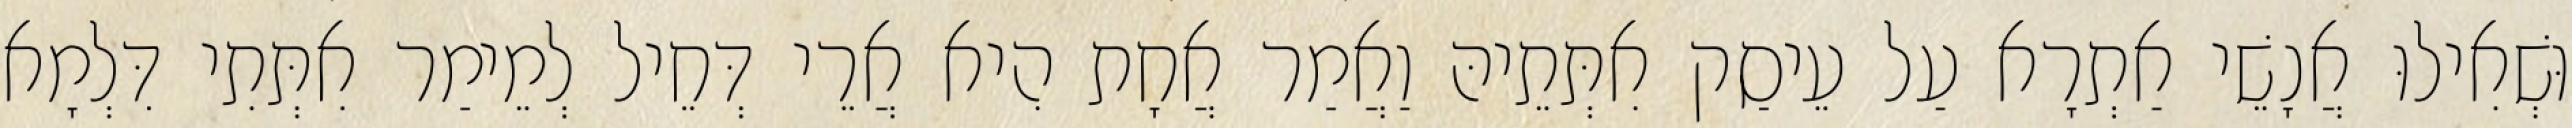
וּשְׁאִילוּ אֲנָשֵׁי אַתְרָא עַל עֵיסַק אִתְּתֵיהּ וַאֲמַר אֲחָת הִיא אֲרֵי דְּחֵיל לְמֵימַר אִתְּתִי דִּלְמָא